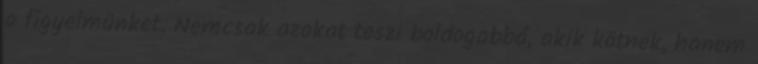
a figyelmünket. Nemcsak azokat teszi boldogabbá, akik kötnek, hanem